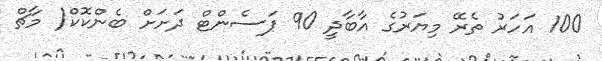
100 އަހަރު ތެރޭ މިޔަރުގެ އާބާދީ 90 ޕަސެންޓް ދަށަށް ބެންކޮކް( މާޗް